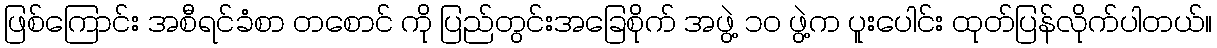
ဖြစ်ကြောင်း အစီရင်ခံစာ တစောင် ကို ပြည်တွင်းအခြေစိုက် အဖွဲ့ ၁ဝ ဖွဲ့က ပူးပေါင်း ထုတ်ပြန်လိုက်ပါတယ်။